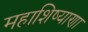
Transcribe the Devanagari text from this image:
महाशिष्याणा